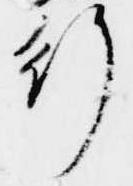
行